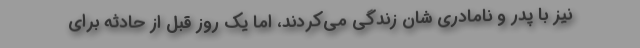
نیز با پدر و نامادری شان زندگی می‌کردند، اما یک روز قبل از حادثه برای